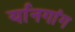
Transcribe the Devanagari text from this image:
र्यानगांग